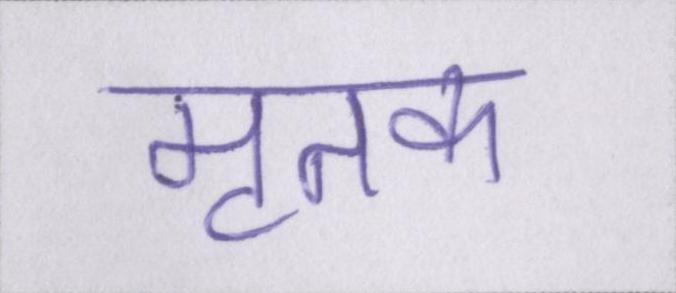
मृतक